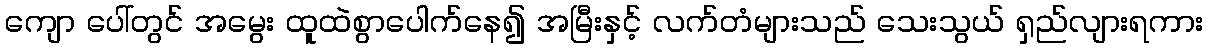
ကျော ပေါ်တွင် အမွေး ထူထဲစွာပေါက်နေ၍ အမြီးနှင့် လက်တံများသည် သေးသွယ် ရှည်လျားရကား